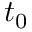
t _ { 0 }